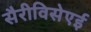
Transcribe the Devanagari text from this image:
सैरीविसेएई